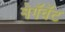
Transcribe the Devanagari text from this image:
मेगॅवॅट